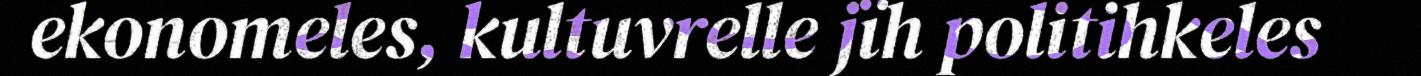
ekonomeles, kultuvrelle jïh politihkeles